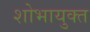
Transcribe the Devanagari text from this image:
शोभायुक्त